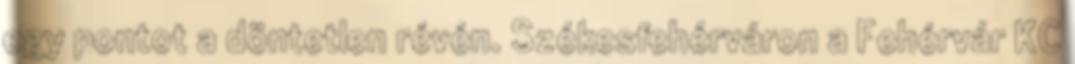
egy pontot a döntetlen révén. Székesfehérváron a Fehérvár KC